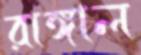
রাঙ্গাল